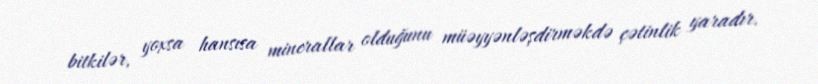
bitkilər, yoxsa hansısa minerallar olduğunu müəyyənləşdirməkdə çətinlik yaradır.